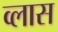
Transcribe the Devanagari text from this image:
व्लास